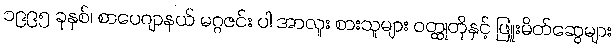
၁၉၉၅ ခုနှစ်၊ စာပေဂျာနယ် မဂ္ဂဇင်း ပါ အာလူး စားသူများ ဝတ္ထုတိုနှင့် ဖြူးမိတ်ဆွေများ